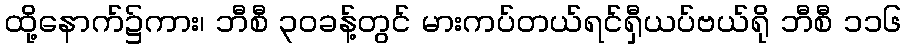
ထို့နောက်၌ကား၊ ဘီစီ ၃၀ခန့်တွင် မားကပ်တယ်ရင်ရှီယပ်ဗယ်ရို ဘီစီ ၁၁၆